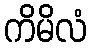
ကိမိလံ